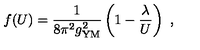
f ( U ) = { \frac { 1 } { 8 \pi ^ { 2 } g _ { \mathrm { Y M } } ^ { 2 } } } \left( 1 - { \frac { \lambda } { U } } \right) \ ,